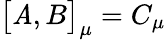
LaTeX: \bigl\lbrack\mathit{A},B\bigr\rbrack_{\mu}=C_{\mu}